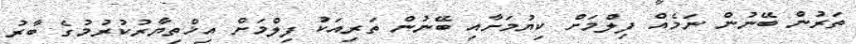
ތަރުން ބޭނުން ނަމެއް ފިލްމަށް ކިޔުމަށާއި ބޭނުން ތަރިއަކު ފިލްމަށް އިޚްތިޔާރުކުރުމުގެ ބާރު